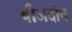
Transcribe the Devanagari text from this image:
बीजदोष